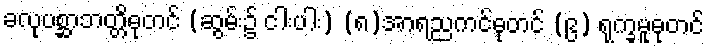
ခလုပစ္ဆာဘတ္တိဓုတင် (ဆွမ်း၌ ငါးပါး) (၈)အာရညကင်ဓုတင် (၉) ရုက္ခမူဓုတင်